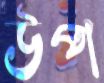
উপ